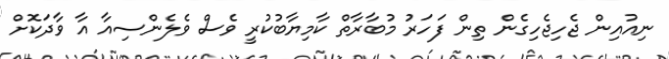
ނިއުއިން ޖެހިޖެހިގެން ތިން ފަހަރު މުބާރާތް ކާމިޔާބުކުރީ ވެސް ވެލެންސިއާ އާ ވާދަކޮށް